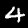
Digit: 4